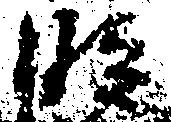
段